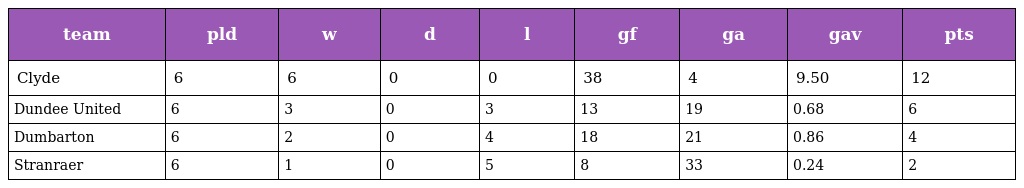
| team | pld | w | d | l | gf | ga | gav | pts |
 | --- | --- | --- | --- | --- | --- | --- | --- | --- |
 | Clyde | 6 | 6 | 0 | 0 | 38 | 4 | 9.50 | 12 |
 | Dundee United | 6 | 3 | 0 | 3 | 13 | 19 | 0.68 | 6 |
 | Dumbarton | 6 | 2 | 0 | 4 | 18 | 21 | 0.86 | 4 |
 | Stranraer | 6 | 1 | 0 | 5 | 8 | 33 | 0.24 | 2 |